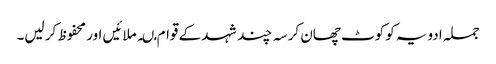
جملہ ادویہ کو کوٹ چھان کر سہ چند شہد کے قوام مںہ ملائیں اور محفوظ کر لیں۔